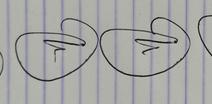
Signature authenticity: genuine